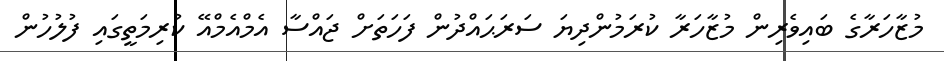
މުޒާހަރާގެ ބައިވެރިން މުޒާހަރާ ކުރަމުންދިޔަ ސަރަޙައްދުން ފަހަތަށް ޖައްސާ އެމްއެމްއޭ ކުރިމަތީގައި ފުލުހުން